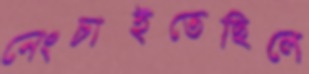
নেংচাইতেছিলে